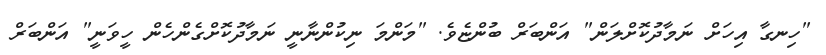
"ހިނގާ އިހަށް ނަމާދުކޮށްލަން" އަންބަރް ބުންޏެވެ. "މަންމަ ނިކުންނާނީ ނަމާދުކޮށްގެންހެން ހީވަނީ" އަންބަރް